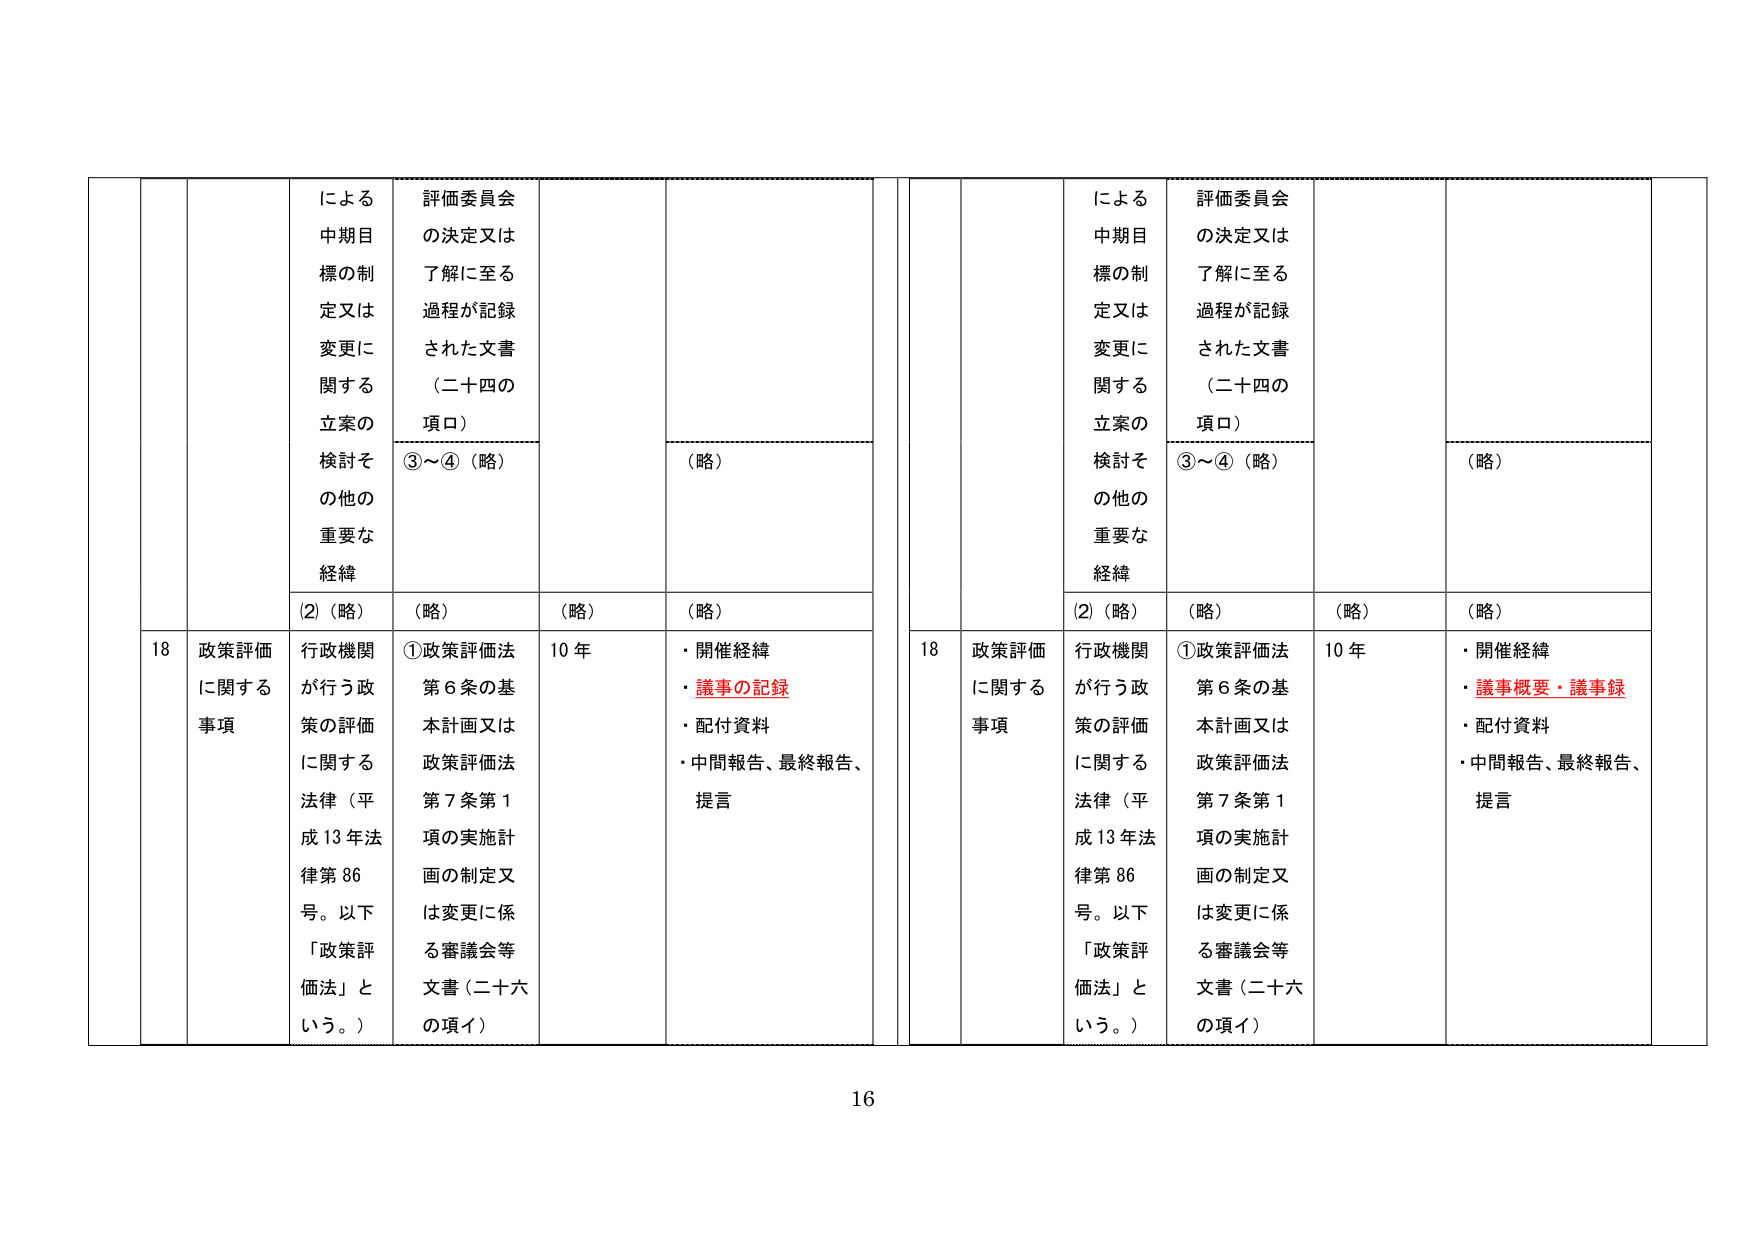
による
中期目標の制定又は変更に関する立案の検討その他の重要な経緯
(2)（略）
評価委員会の決定又は了解に至る過程が記録された文書（二十四の項ロ）
③～④（略）
（略）
（略）
（略）
18
政策評価に関する事項
行政機関が行う政策の評価に関する法律（平成13年法律第86号。以下「政策評価法」という。）
①政策評価法第6条の基本計画又は政策評価法第7条第1項の実施計画の制定又は変更に係る審議会等文書（二十六の項イ）
10年
・開催経緯
・議事の記録
・配付資料
・中間報告、最終報告、提言
による
中期目標の制定又は変更に関する立案の検討その他の重要な経緯
(2)（略）
評価委員会の決定又は了解に至る過程が記録された文書（二十四の項ロ）
③～④（略）
（略）
（略）
（略）
18
政策評価に関する事項
行政機関が行う政策の評価に関する法律（平成13年法律第86号。以下「政策評価法」という。）
①政策評価法第6条の基本計画又は政策評価法第7条第1項の実施計画の制定又は変更に係る審議会等文書（二十六の項イ）
10年
・開催経緯
・議事概要・議事録
・配付資料
・中間報告、最終報告、提言
16